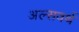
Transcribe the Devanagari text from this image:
अल्सवर्थ